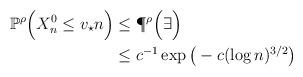
LaTeX: \begin{align*}\mathbb{P}^{\rho}\Big( X^0_n \leq v_\star n \Big) & \leq \P^{\rho} \Big( \exists \Big)\\ & \leq c^{-1} \exp \big( -c (\log n)^{3/2} \big)\end{align*}